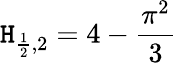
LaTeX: \mathtt{H}_{{\frac{{1}}{{2}}},2}=4-{\frac{{\pi^{2}}}{{3}}}